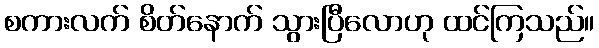
စကားလက် စိတ်နောက် သွားပြီလောဟု ထင်ကြသည်။